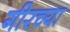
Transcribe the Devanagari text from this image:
गीरच्या